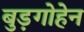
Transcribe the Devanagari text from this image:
बुड़गोहेन